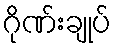
ဂိုဏ်းချုပ်